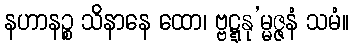
နဟာနဉ္စ သိနာနေ ထော၊ ဗ္ဗဋ္ဋနု’မ္မဇ္ဇနံ သမံ။